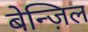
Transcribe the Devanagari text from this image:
बेन्ज़िल